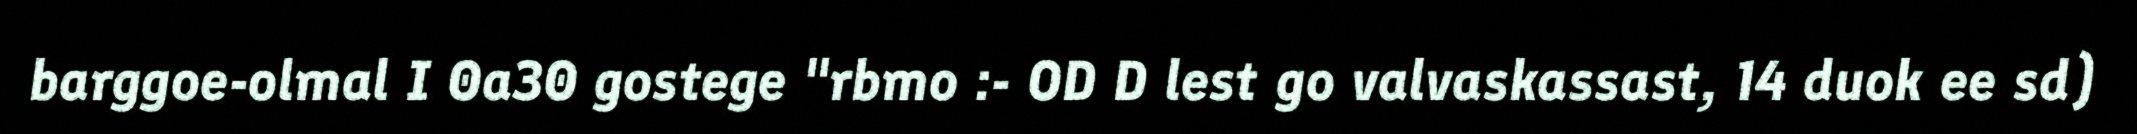
barggoe-olmal I 0a30 gostege "rbmo :- OD D lest go valvaskassast, 14 duok ee sd)